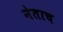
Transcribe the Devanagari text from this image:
नेताच